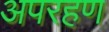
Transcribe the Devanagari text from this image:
अपरहण